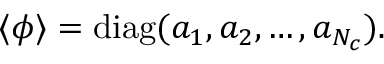
\langle \phi \rangle = \mathrm { d i a g } ( a _ { 1 } , a _ { 2 } , \ldots , a _ { N _ { c } } ) .